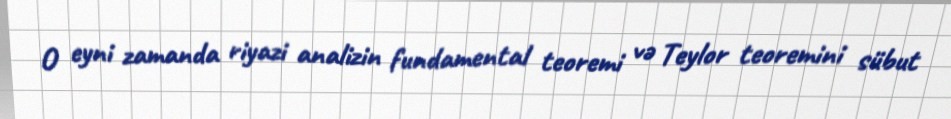
O eyni zamanda riyazi analizin fundamental teoremi və Teylor teoremini sübut